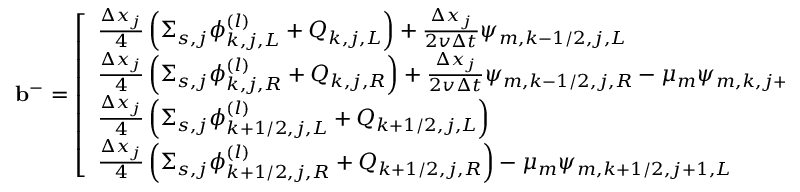
\mathbf { b } ^ { - } = \left[ \begin{array} { l } { \frac { \Delta x _ { j } } { 4 } \left( \Sigma _ { s , j } \phi _ { k , j , L } ^ { ( l ) } + Q _ { k , j , L } \right) + \frac { \Delta x _ { j } } { 2 v \Delta t } \psi _ { m , k - 1 / 2 , j , L } } \\ { \frac { \Delta x _ { j } } { 4 } \left( \Sigma _ { s , j } \phi _ { k , j , R } ^ { ( l ) } + Q _ { k , j , R } \right) + \frac { \Delta x _ { j } } { 2 v \Delta t } \psi _ { m , k - 1 / 2 , j , R } - \mu _ { m } \psi _ { m , k , j + 1 , L } } \\ { \frac { \Delta x _ { j } } { 4 } \left( \Sigma _ { s , j } \phi _ { k + 1 / 2 , j , L } ^ { ( l ) } + Q _ { k + 1 / 2 , j , L } \right) } \\ { \frac { \Delta x _ { j } } { 4 } \left( \Sigma _ { s , j } \phi _ { k + 1 / 2 , j , R } ^ { ( l ) } + Q _ { k + 1 / 2 , j , R } \right) - \mu _ { m } \psi _ { m , k + 1 / 2 , j + 1 , L } } \end{array} \right] \; .